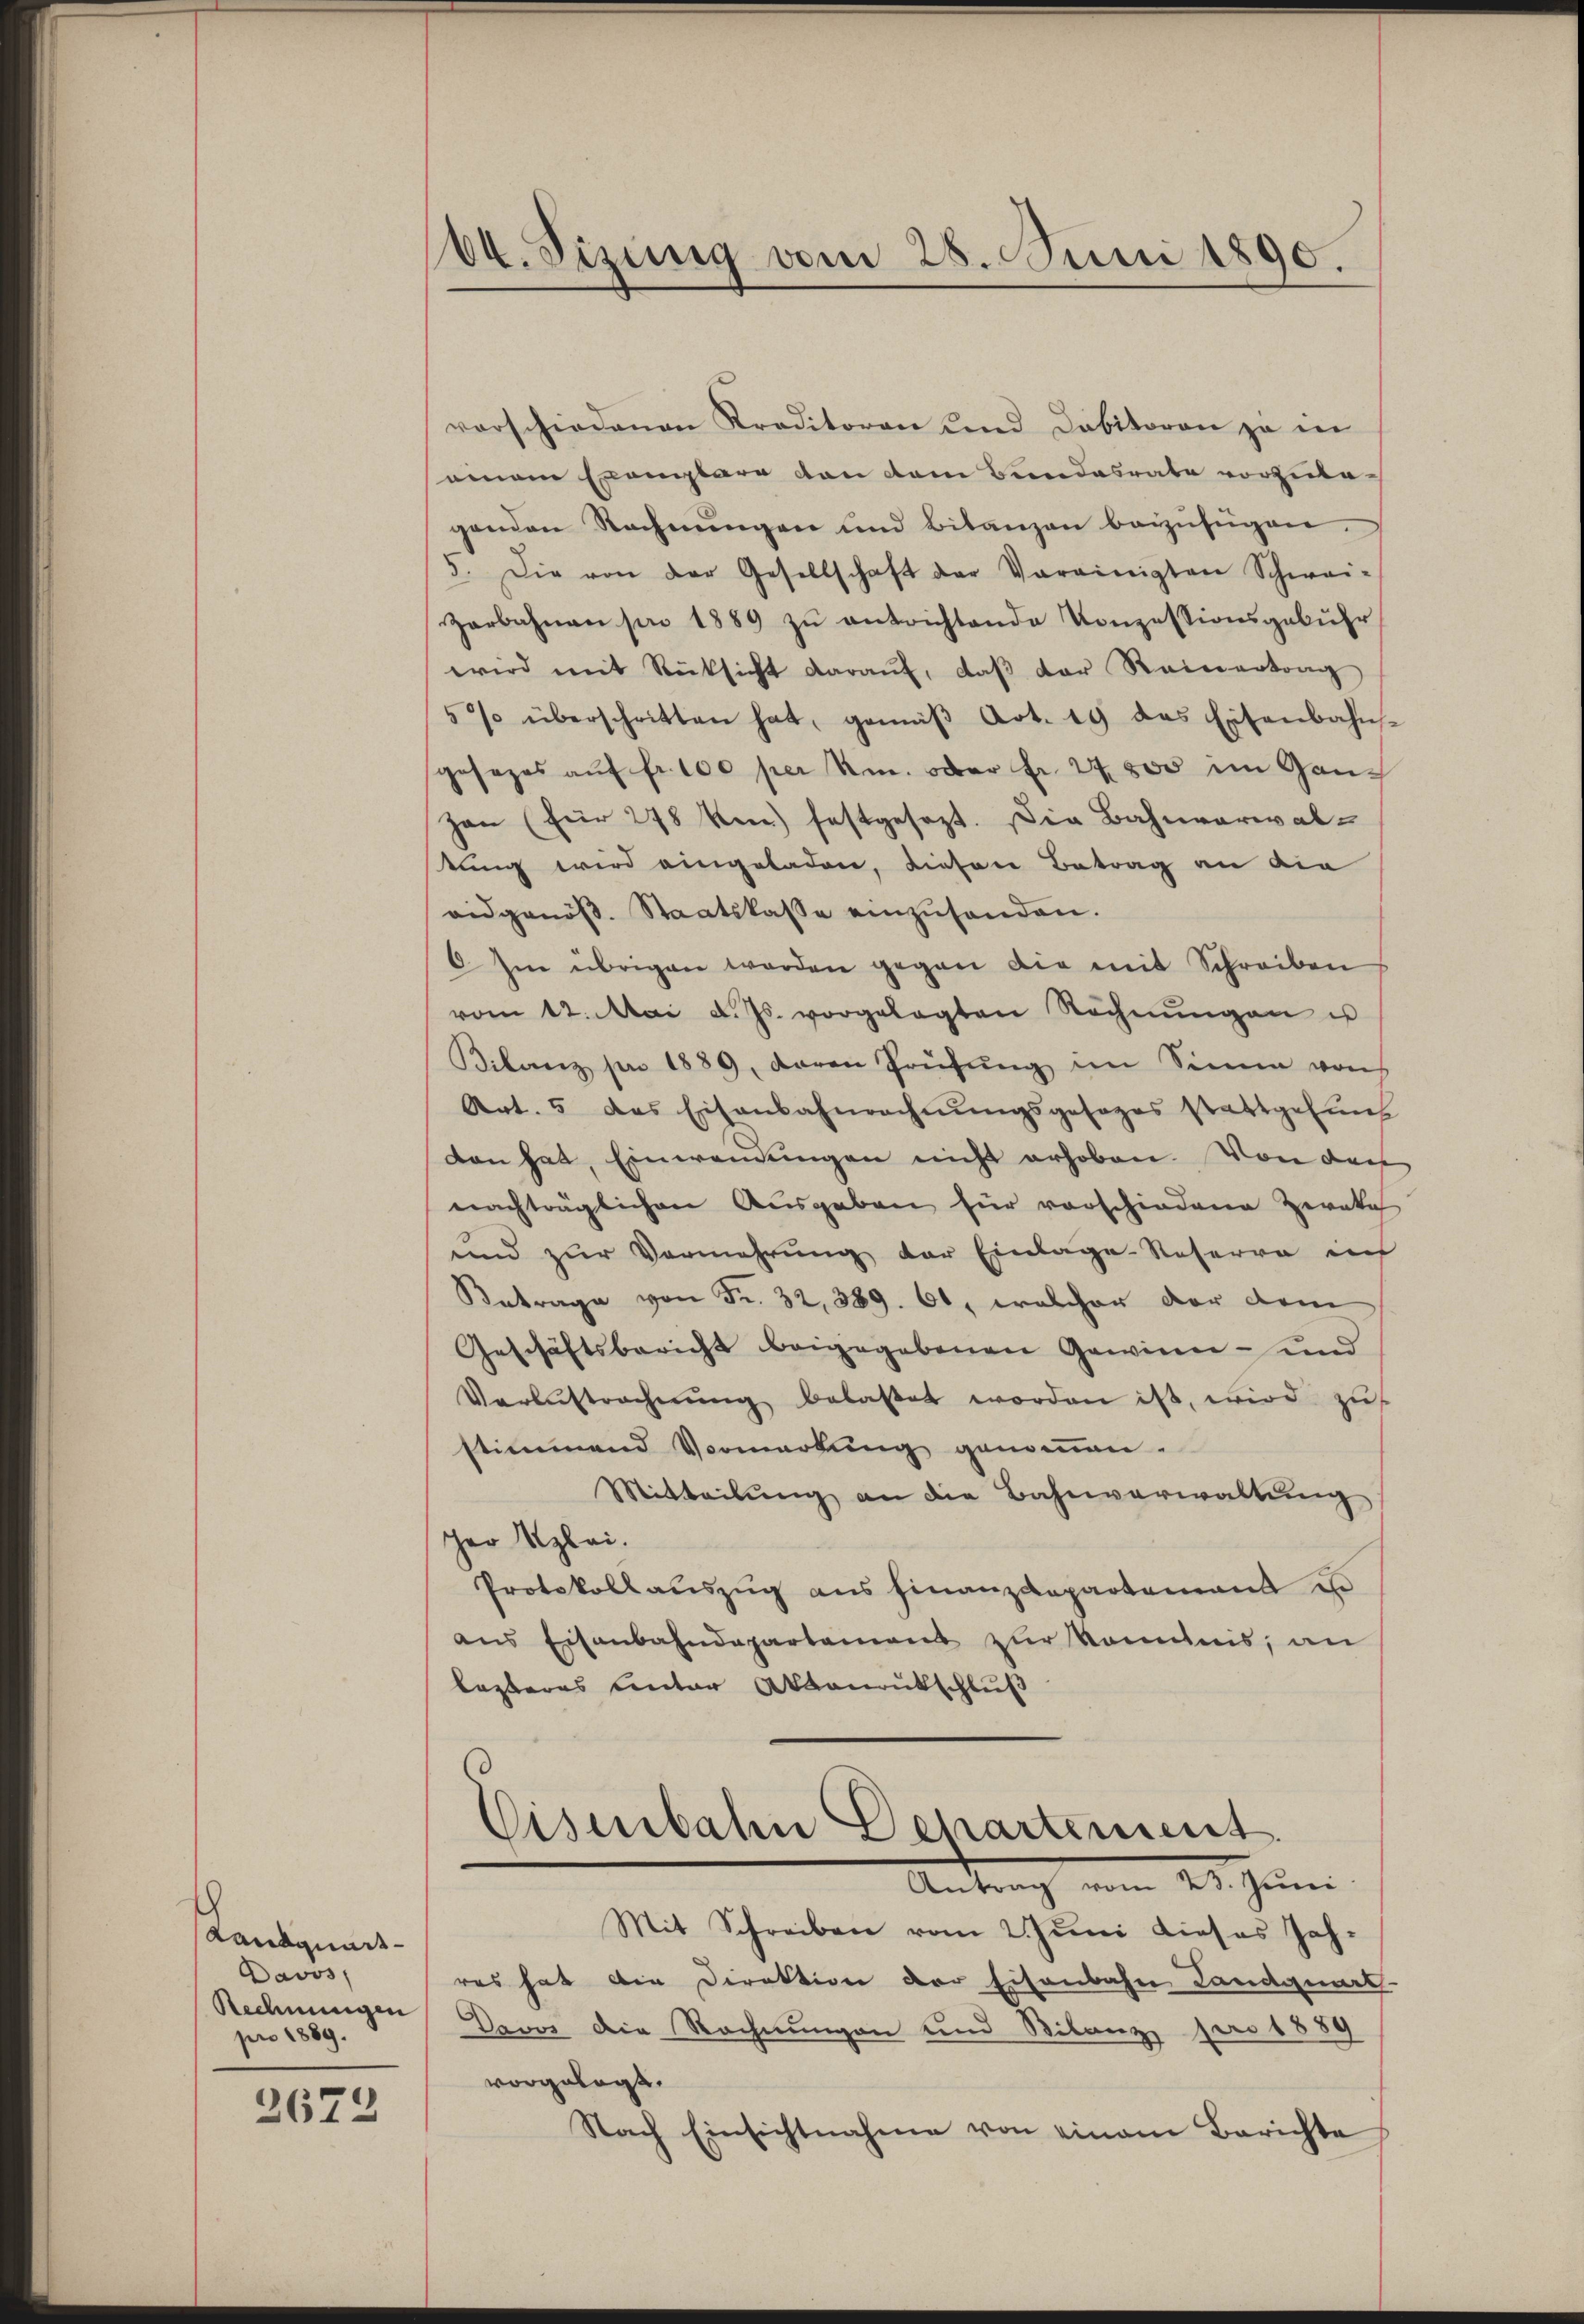
h
Landquart
Davos
Rechnungen
pro 1889.

2672

64. Sizung vom 28. Juni 1890.

vorschiedenen Kreditoren und Cabitoren zu in
einem Exemplare von dem Bundesrate vorzubegenden Rechnungen und Bitanzen beizufügen.
5. Die von der Gesellschaft der Vereinigten Schwei-
Zarbahnen pro 1889 zŭ antrichtende Konzessionsgebühr
wird mit Rücksicht daraŭf, daβ der Reinertrag
5% überschritten hat, gemäβ Art. 19 das Eisenbahn-
gesezes aŭf fr. 100 per m. oder Fr. 24. 500 im Ganhan (für 278 ken) festgesezt. Die Bahnverwaltung wird eingeladen, diesen Betrag an die
aidgenöβ. Staatskasse einzŭsenden.
6. Im übrigen worden gegen die mit Schreiben
vom 12. Mai d. Js. vorgelegten Rechnŭngen u
Bilanz pro 1889, daran Prüfŭng im Sinne vons
Art. 5 das Eisenbahnrechnŭngsgesages stattgefung
dan hat, Einwendungen nicht erhoben. Von der
nachträglichen Ausgaben hier vorschiedene Zeraka
und zur Vermehrung der Einlage-Reserva inf
Betrage von Fr. 32, 389. 61, welcher der dem
Geschäftsbericht beigegebenen Gewinn- und
Verlustrechnŭng belastet worden ist, wird zu
stimmend Vermarkung genoṁen.
Mitteilŭng an die Bahnverwaltŭng
cher Klei
Protokollauszug aus Finanzdepartement e
ans Eisenbahndepartement zŭr kommnis, an
lezteres Unter Aktenrutschluß
Eisenbahn Departement
Antrag vom 23. Juni
Mit Schreiben vom 2. Juni dieses Jahres hat die Direktion der Eisenbahn Landquart-
Davos die Rechnungen und Bilanz pro 1889
vorgelegt.
Nach Einsichtnahme von einem Berichte